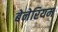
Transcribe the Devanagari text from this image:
बेनेरियम